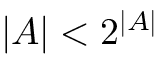
| A | < 2 ^ { | A | }